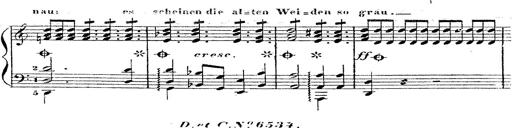
Title: 12 Lieder von Franz Schubert
Composer: Franz Liszt